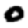
Digit: 0